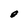
Character: O